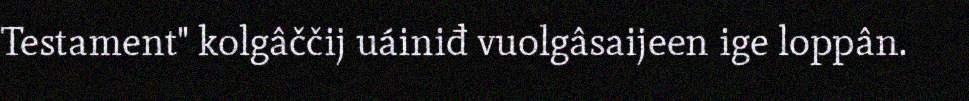
Testament" kolgâččij uáiniđ vuolgâsaijeen ige loppân.